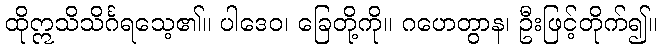
ထိုဣသိသိင်္ဂရသေ့၏။ ပါဒေဝ၊ ခြေတို့ကို။ ဂဟေတွာန၊ ဦးဖြင့်တိုက်၍။